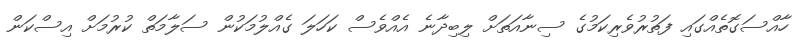
ހާއްސަގޮތެއްގައި ފަތުރުވެރިކަމުގެ ސިނާއަތަށް ލިބިދާނެ އެއްވެސް ކަހަލަ ގެއްލުމަކުން ސަލާމަތް ކުރުމަށް އިސްކަން